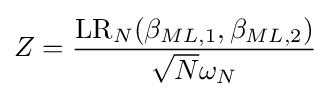
Z={\frac {\operatorname {LR} _{N}(\beta _{ML,1},\beta _{ML,2})}{{\sqrt {N}}\omega _{N}}}